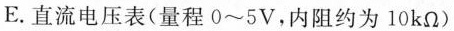
E.直流电压表(量程0~5V，内阻约为10kΩ)